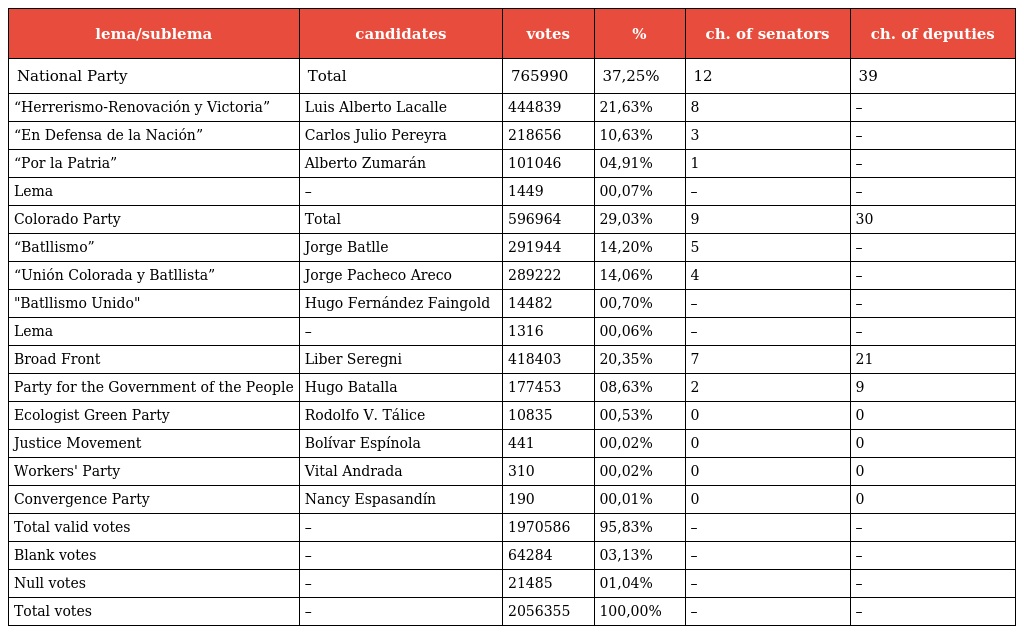
| lema/sublema | candidates | votes | % | ch. of senators | ch. of deputies |
 | --- | --- | --- | --- | --- | --- |
 | National Party | Total | 765990 | 37,25% | 12 | 39 |
 | “Herrerismo-Renovación y Victoria” | Luis Alberto Lacalle | 444839 | 21,63% | 8 | – |
 | “En Defensa de la Nación” | Carlos Julio Pereyra | 218656 | 10,63% | 3 | – |
 | “Por la Patria” | Alberto Zumarán | 101046 | 04,91% | 1 | – |
 | Lema | – | 1449 | 00,07% | – | – |
 | Colorado Party | Total | 596964 | 29,03% | 9 | 30 |
 | “Batllismo” | Jorge Batlle | 291944 | 14,20% | 5 | – |
 | “Unión Colorada y Batllista” | Jorge Pacheco Areco | 289222 | 14,06% | 4 | – |
 | "Batllismo Unido" | Hugo Fernández Faingold | 14482 | 00,70% | – | – |
 | Lema | – | 1316 | 00,06% | – | – |
 | Broad Front | Liber Seregni | 418403 | 20,35% | 7 | 21 |
 | Party for the Government of the People | Hugo Batalla | 177453 | 08,63% | 2 | 9 |
 | Ecologist Green Party | Rodolfo V. Tálice | 10835 | 00,53% | 0 | 0 |
 | Justice Movement | Bolívar Espínola | 441 | 00,02% | 0 | 0 |
 | Workers' Party | Vital Andrada | 310 | 00,02% | 0 | 0 |
 | Convergence Party | Nancy Espasandín | 190 | 00,01% | 0 | 0 |
 | Total valid votes | – | 1970586 | 95,83% | – | – |
 | Blank votes | – | 64284 | 03,13% | – | – |
 | Null votes | – | 21485 | 01,04% | – | – |
 | Total votes | – | 2056355 | 100,00% | – | – |